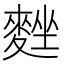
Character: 𪌴